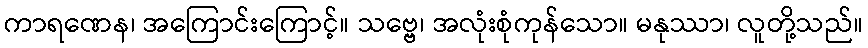
ကာရဏေန၊ အကြောင်းကြောင့်။ သဗ္ဗေ၊ အလုံးစုံကုန်သော။ မနုဿာ၊ လူတို့သည်။